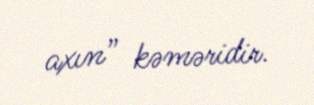
axın” kəməridir.